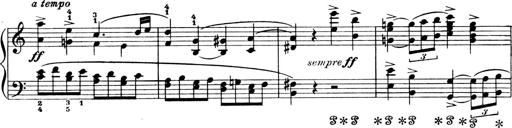
Title: 4 Sonatines
Composer: Max Reger